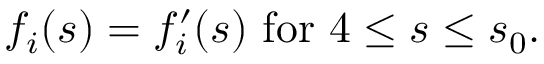
f _ { i } ( s ) = f _ { i } ^ { \prime } ( s ) \mathrm { ~ f o r ~ } 4 \leq s \leq s _ { 0 } .